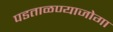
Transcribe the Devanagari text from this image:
पडताळण्याजोगा